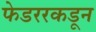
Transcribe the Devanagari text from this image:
फेडररकडून